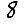
Digit: 8